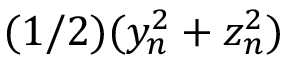
( 1 / 2 ) ( y _ { n } ^ { 2 } + z _ { n } ^ { 2 } )